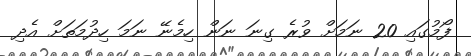
ފޯމުގައި 20 ނަމަށް ވުރެ ގިނަ ނަން ހިމެނޭ ނަމަ ހިދުމަތަށް އެދި